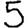
Digit: 5